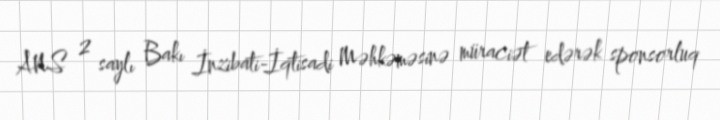
ANS 2 saylı Bakı İnzibati-İqtisadi Məhkəməsinə müraciət edərək sponsorluq